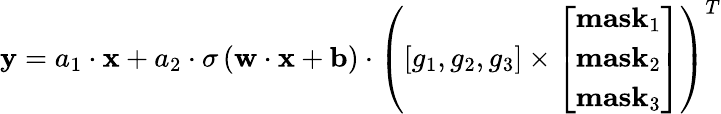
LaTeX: {\mathbf{y}}={a_{1}}\cdot{\mathbf{x}}+{a_{2}}\cdot\sigma\left({{\mathbf{w}}\cdot{\mathbf{x}}+{\mathbf{b}}}\right)\cdot{\left({\left[{{g_{1}},{g_{2}},{g_{3}}}\right]\times\left[\begin{array}{l}{{\mathbf{mas}}{{\mathbf{k}}_{1}}}\\ {{\mathbf{mas}}{{\mathbf{k}}_{2}}}\\ {{\mathbf{mas}}{{\mathbf{k}}_{3}}}\end{array}\right]}\right)^{T}}